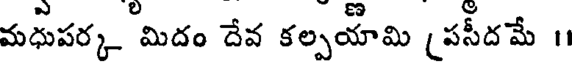
మధుపర్క మిదం దేవ కల్పయామి (పసీదమే 11